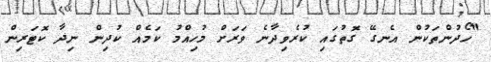
"ހޯދުންތަކުން އެނގޭ ގޮތުގައި ކުރެވިދާނެ ވަރަށް މުހިއްމު ކަމެއް ކުދިން ނިދާ ކޮޓަރިން